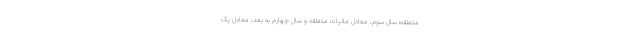
متعلقه؛ سال سوم، معادل مالیات متعلقه و سال چهارم به بعد، معادل یک